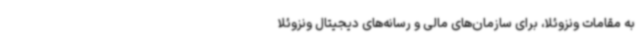
به مقامات ونزوئلا، برای سازمان‌های مالی و رسانه‌های دیجیتال ونزوئلا